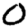
Digit: 0